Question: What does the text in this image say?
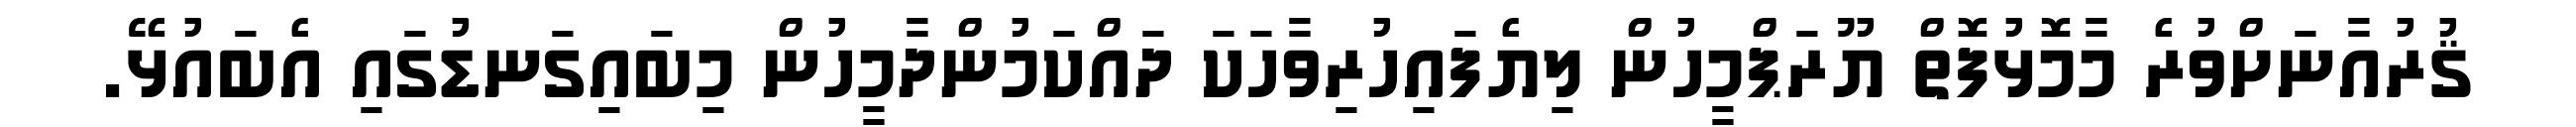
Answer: ޤުރުއާނަށްވުރެ މާމޮޅުފޮތް ޔޫރަޕްމީހުން ލިޔެފައިހުރިވާހަކަ ދައްކަމުންދާމީހުން މިބައިގަނޑުގައި އެބައުޅޭ.